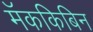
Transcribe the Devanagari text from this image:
मॅककिबिन